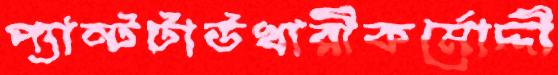
প্যান্টটাউখারীকর্মোদ্দী